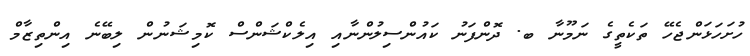
ހުށަހަޅަންޖެހޭ ތަކެތީގެ ނަމޫނާ ބ. ދޮންފަނު ކައުންސިލުންނާއި އިލެކްޝަންސް ކޮމިޝަނުން ލިބޭނެ އިންތިޒާމް